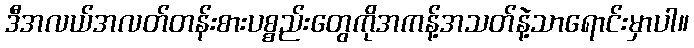
ဒီအလယ်အလတ်တန်းစားပစ္စည်းတွေကိုအကန့်အသတ်နဲ့သာရောင်းမှာပါ။